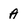
Character: A